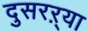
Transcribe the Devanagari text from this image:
दुसरऱ्या